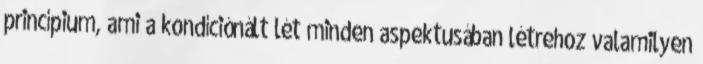
princípium, ami a kondíciónált lét minden aspektusában létrehoz valamilyen